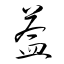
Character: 葢